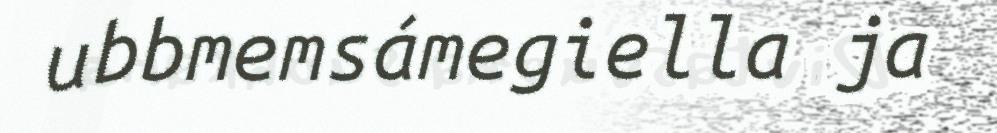
ubbmemsámegiella ja